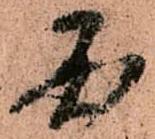
国